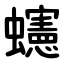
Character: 䘆